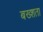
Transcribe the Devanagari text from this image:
बख्शता